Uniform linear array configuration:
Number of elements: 32
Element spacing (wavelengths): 0.5
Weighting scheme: kaiser
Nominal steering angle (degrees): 15
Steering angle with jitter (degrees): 13.838
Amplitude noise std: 0.05
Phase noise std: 0.05

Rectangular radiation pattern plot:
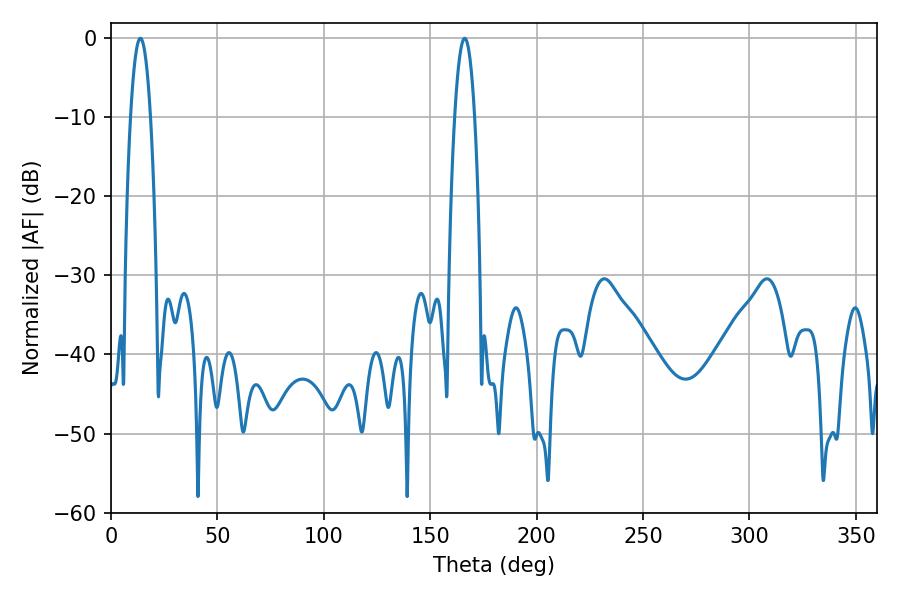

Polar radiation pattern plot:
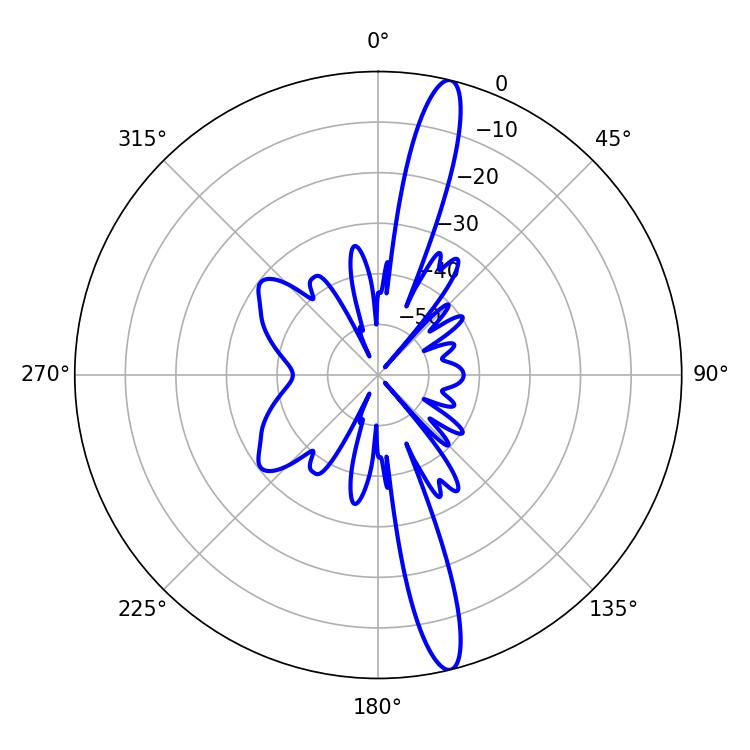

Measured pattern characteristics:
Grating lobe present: FALSE
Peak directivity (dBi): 16.365
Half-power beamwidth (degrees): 5.22
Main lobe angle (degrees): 166.14